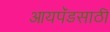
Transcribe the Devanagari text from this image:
आयपॅडसाठी